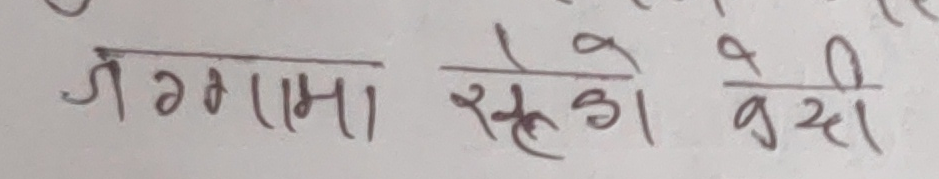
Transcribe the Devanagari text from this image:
जगमा सुखे बैदी